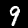
Digit: 9